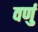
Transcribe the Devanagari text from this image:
वर्णु